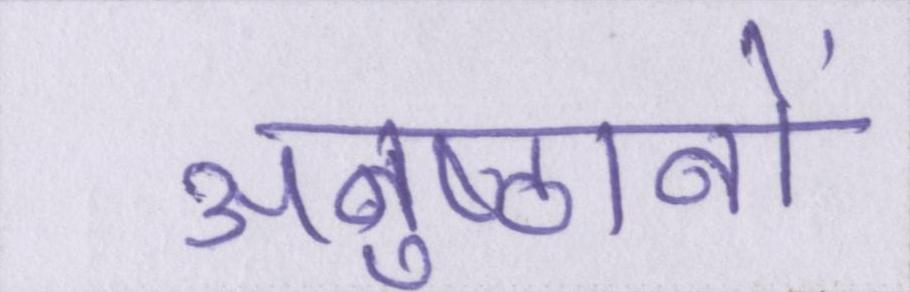
अनुष्ठानों